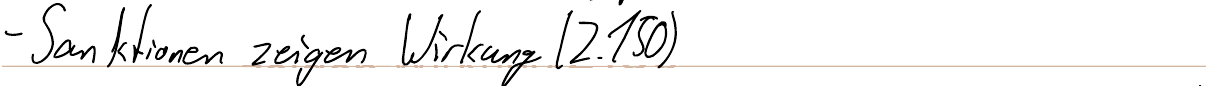
- Sanktionen zeigen Wirkung (Z.150)